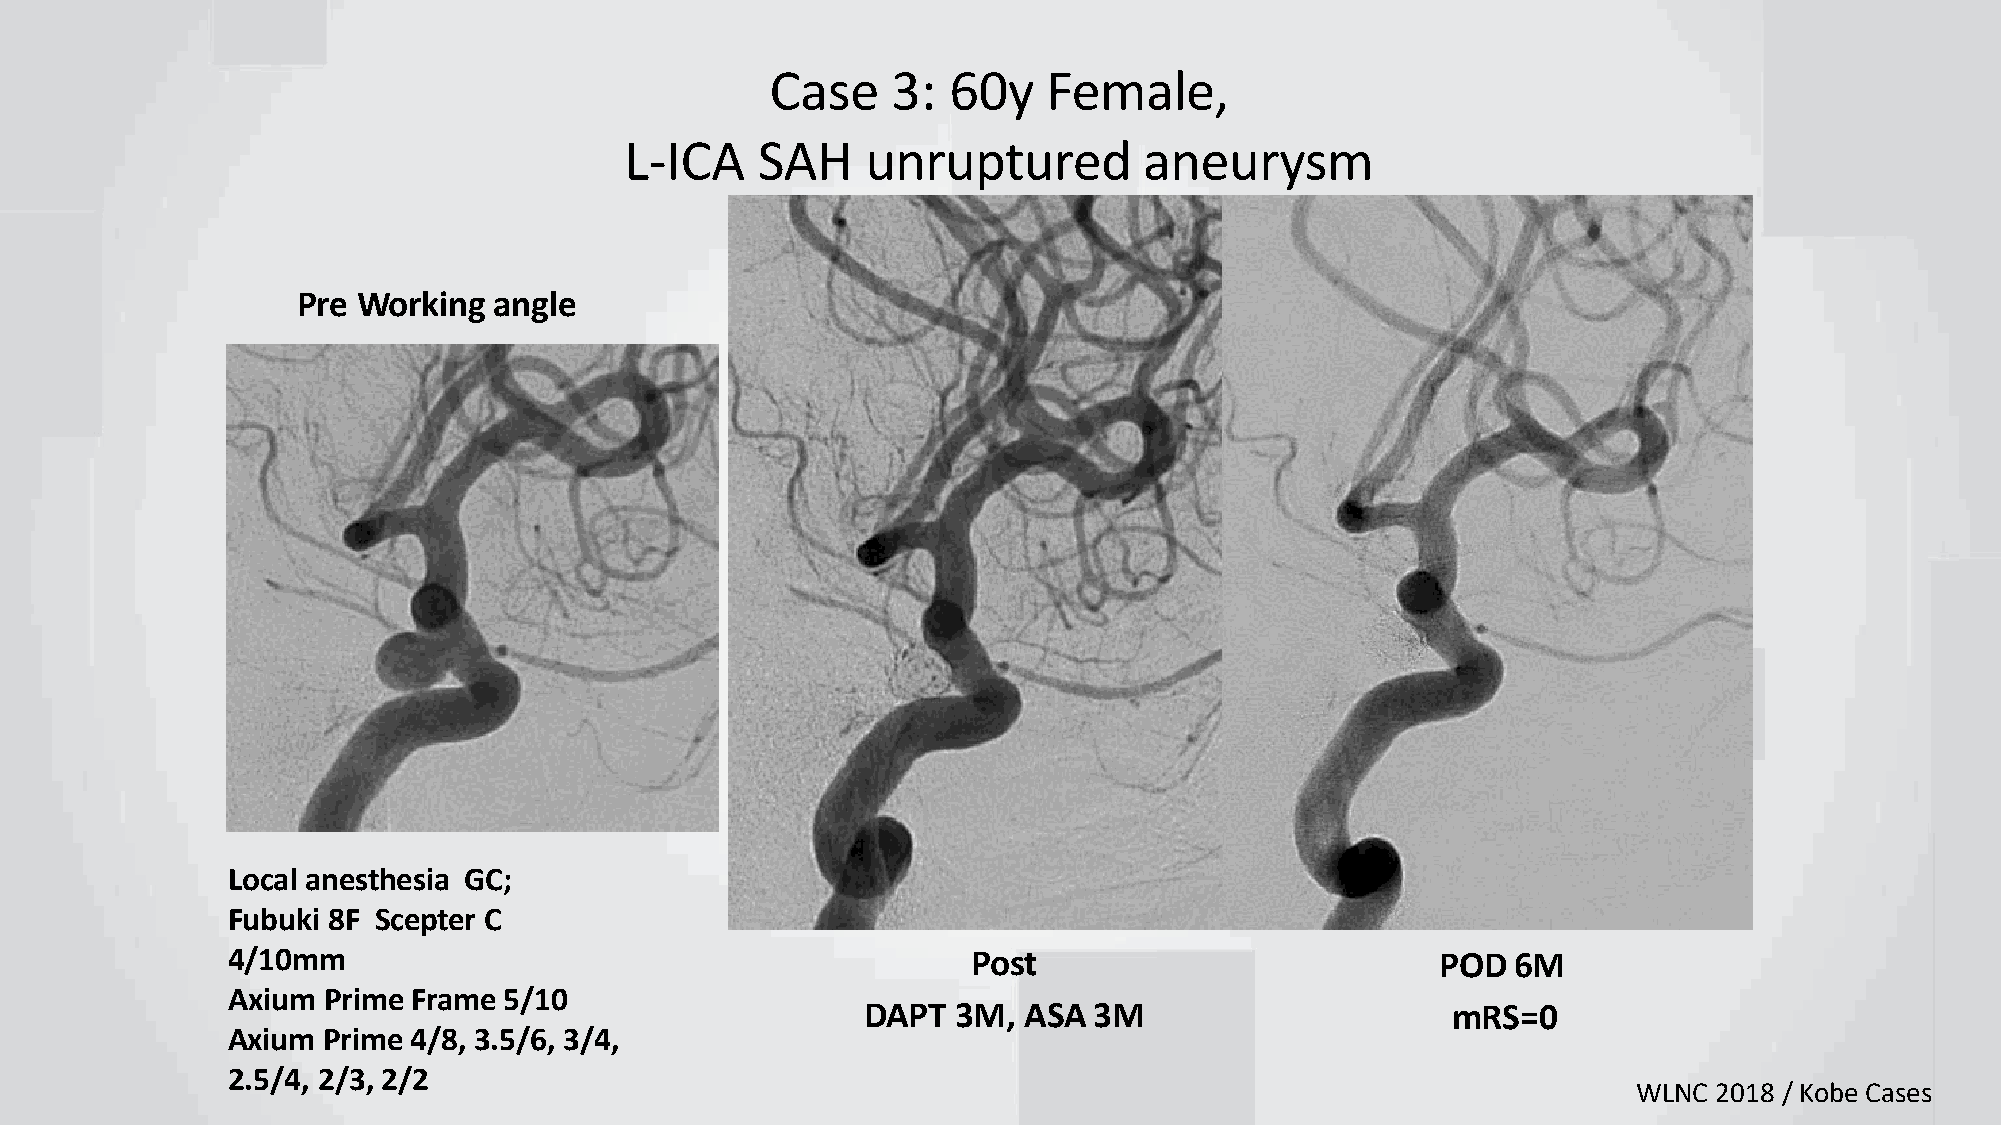
Case    3:  60y   Female,
 L-ICA    SAH    unruptured         aneurysm
 Pre Working  angle
 Local anesthesia GC;
 Fubuki 8F Scepter C
 4/10mm                                           Post                           POD  6M
 Axium Prime Frame 5/10
 DAPT  3M,  ASA 3M                      mRS=0
 Axium Prime 4/8, 3.5/6, 3/4,
 2.5/4, 2/3, 2/2
 WLNC  2018 / Kobe Cases